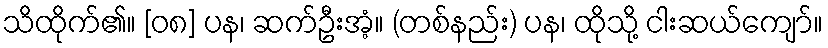
သိထိုက်၏။ [၀၈] ပန၊ ဆက်ဦးအံ့။ (တစ်နည်း) ပန၊ ထိုသို့ ငါးဆယ်ကျော်။